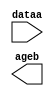
module COMP_USE (
	dataa,
	ageb);

	input	[6:0]  dataa;
	output	  ageb;

endmodule